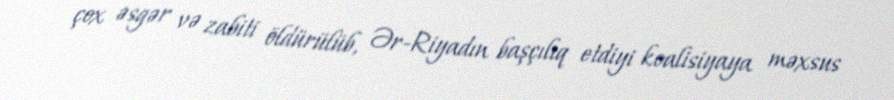
çox əsgər və zabiti öldürülüb, Ər-Riyadın başçılıq etdiyi koalisiyaya məxsus